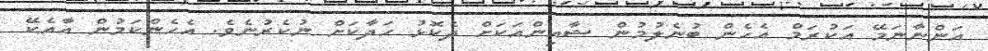
އަންނާނަމޭ އަކުރަމް އެހެން ބުނެލުމުން ޝާއިންއަކަށް ދެކޮޅު ހަދާކަށް ނުކެރުނެވެ. އެހެންކަމުން އާއެކޭ